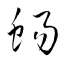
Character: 蜴